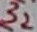
Text: 32